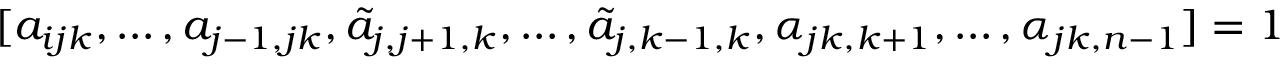
[ a _ { i j k } , \dots , a _ { j - 1 , j k } , \tilde { a } _ { j , j + 1 , k } , \dots , \tilde { a } _ { j , k - 1 , k } , \alpha _ { j k , k + 1 } , \dots , \alpha _ { j k , n - 1 } ] = 1